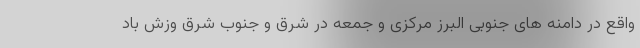
واقع در دامنه های جنوبی البرز مرکزی و جمعه در شرق و جنوب شرق وزش باد